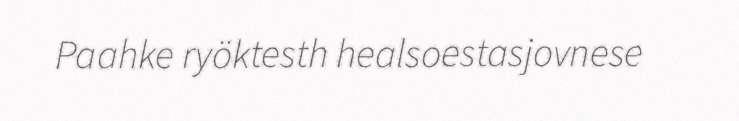
Paahke ryöktesth healsoestasjovnese